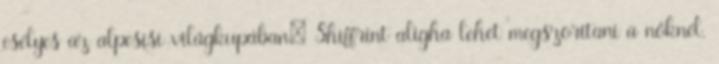
esélyes az alpesisí-világkupában; Shiffrint aligha lehet megszorítani a nőknél.